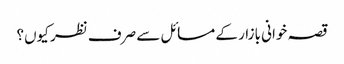
قصہ خوانی بازار کے مسائل سے صرف نظر کیوں؟